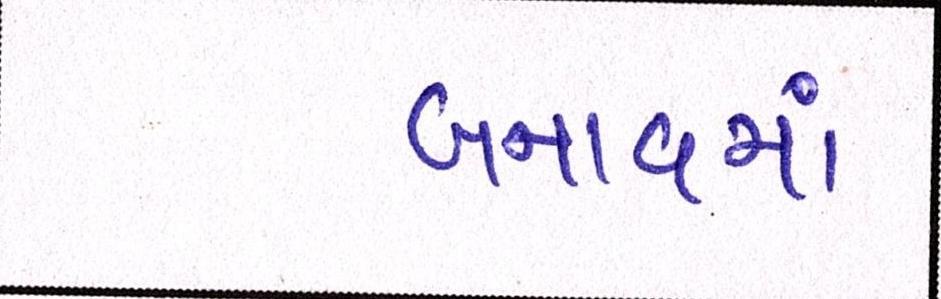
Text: બનાવમાં